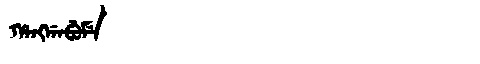
Manchu: ᡥᠠᠩᡤᠠᠪᡠᠮᡝ
Romanization: HANGGABUME